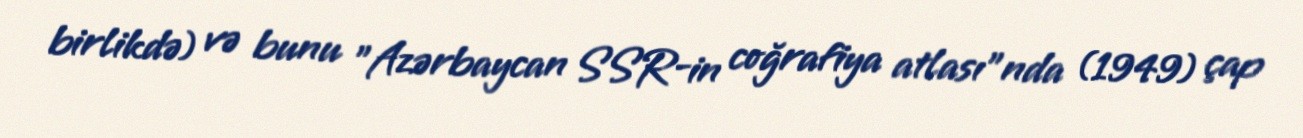
birlikdə) və bunu "Azərbaycan SSR-in coğrafiya atlası"nda (1949) çap